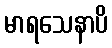
မာရသေနာပိ